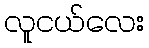
လူငယ်လေး